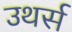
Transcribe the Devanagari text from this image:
उथर्स